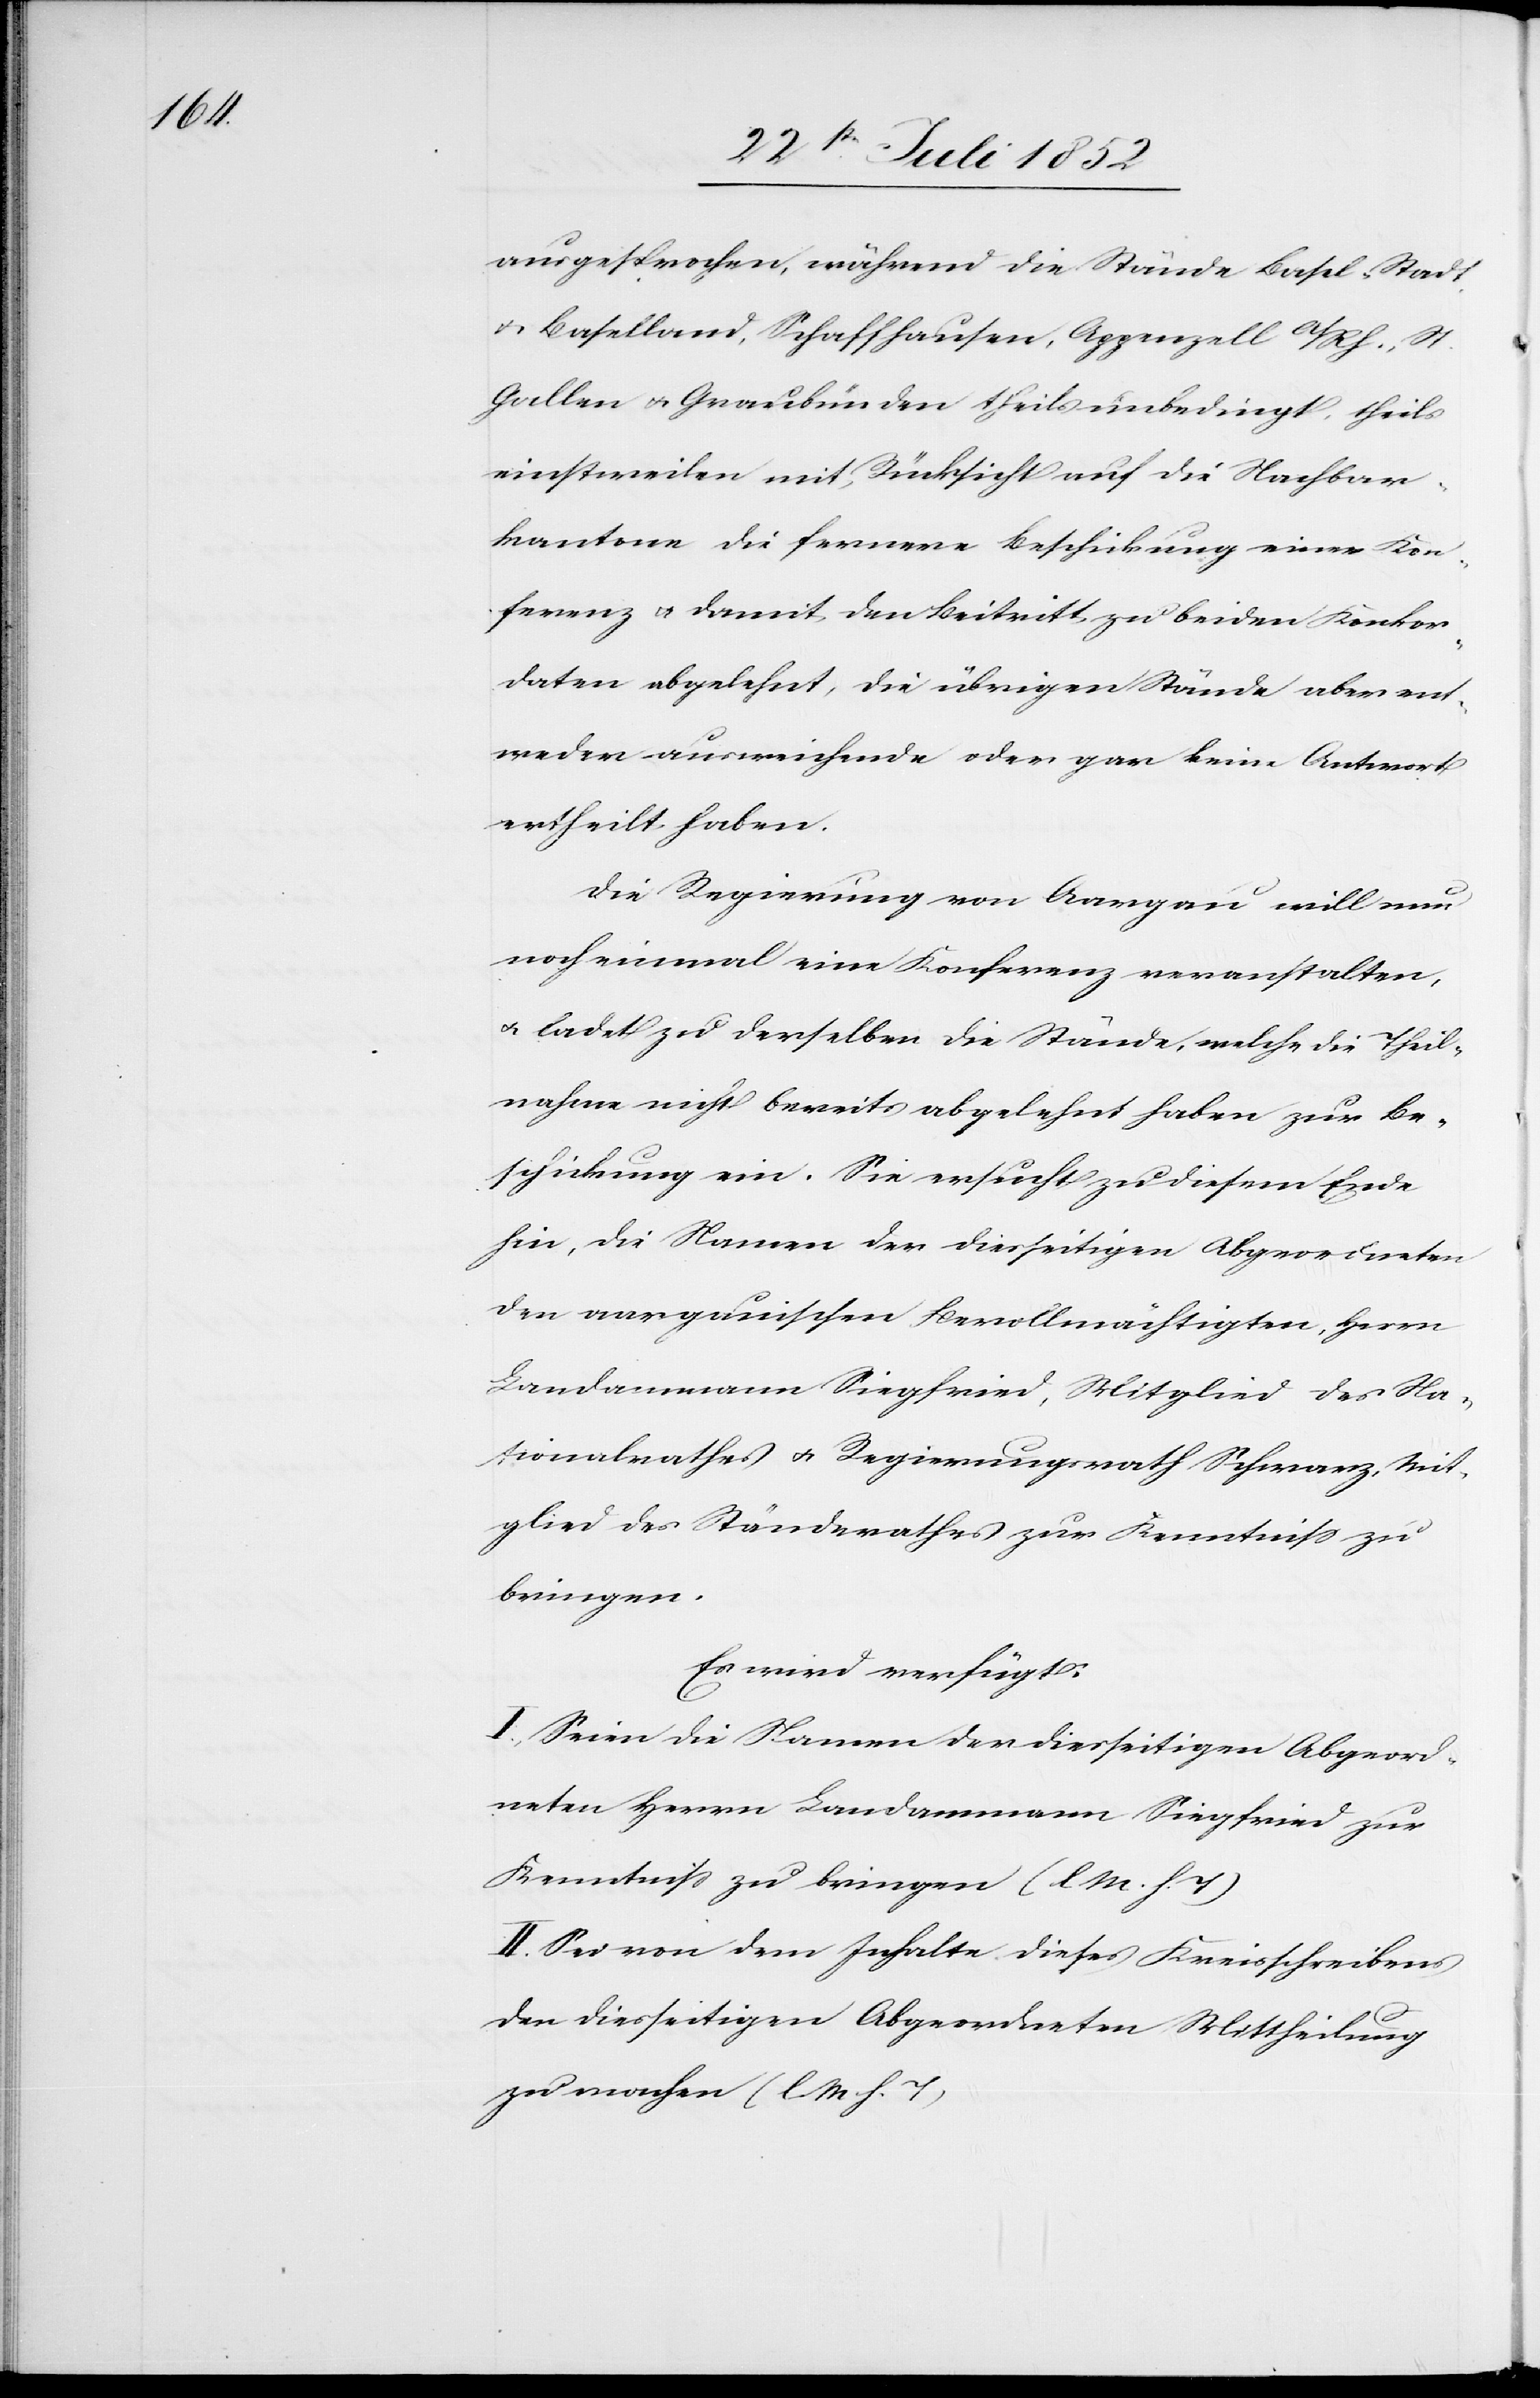
ausgesprochen, während die Stände Basel-Stadt
& Baselland, Schaffhausen, Appenzell A/Rh., St.
Gallen & Graubünden theils unbedingt, theils
einstweilen mit Rücksicht auf die Nachbar¬
kantone die fernere Beschickung einer Kon¬
ferenz & damit den Beitritt zu beiden Konkor¬
daten abgelehnt, die übrigen Stände aber ent¬
weder ausweichende oder gar keine Antwort
ertheilt haben.
Die Regierung von Aargau will nun
noch einmal eine Konferenz veranstalten,
& ladet zu derselben die Stände, welche die Theil¬
nahme nicht bereits abgelehnt haben zur Be¬
schickung ein. Sie ersucht zu diesem Ende
hin, die Namen der diesseitigen Abgeordneten
der aargauischen Bevollmächtigten, Herrn
Landammann Siegfried, Mitglied des Na¬
tionalrathes & Regierungsrath Schwarz, Mit¬
glied des Ständerathes zur Kenntniss zu
bringen.
Es wird verfügt:
I., Seien die Namen der diesseitigen Abgeord¬
neten Herrn Landammann Siegfried zur
Kenntniss zu bringen (l. M. h. T)
II. Sei von dem Inhalte dieses Kreisschreibens
den diesseitigen Abgeordneten Mittheilung
zu machen (l. M h. T)